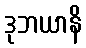
ဒုဘယာနိ